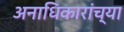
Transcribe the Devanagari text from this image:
अनाधिकारांच्या